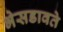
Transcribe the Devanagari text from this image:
भेसडावते